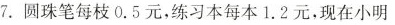
7.圆珠笔每枝0.5元，练习本每本1.2元，现在小明